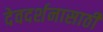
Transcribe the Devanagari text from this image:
देवदर्शनासाठी